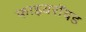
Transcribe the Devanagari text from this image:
फाइवरॉयड